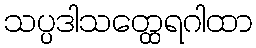
သပ္ပဒါသတ္ထေရဂါထာ